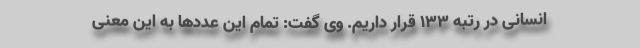
انسانی در رتبه 133 قرار داریم. وی گفت: تمام این عددها به این معنی